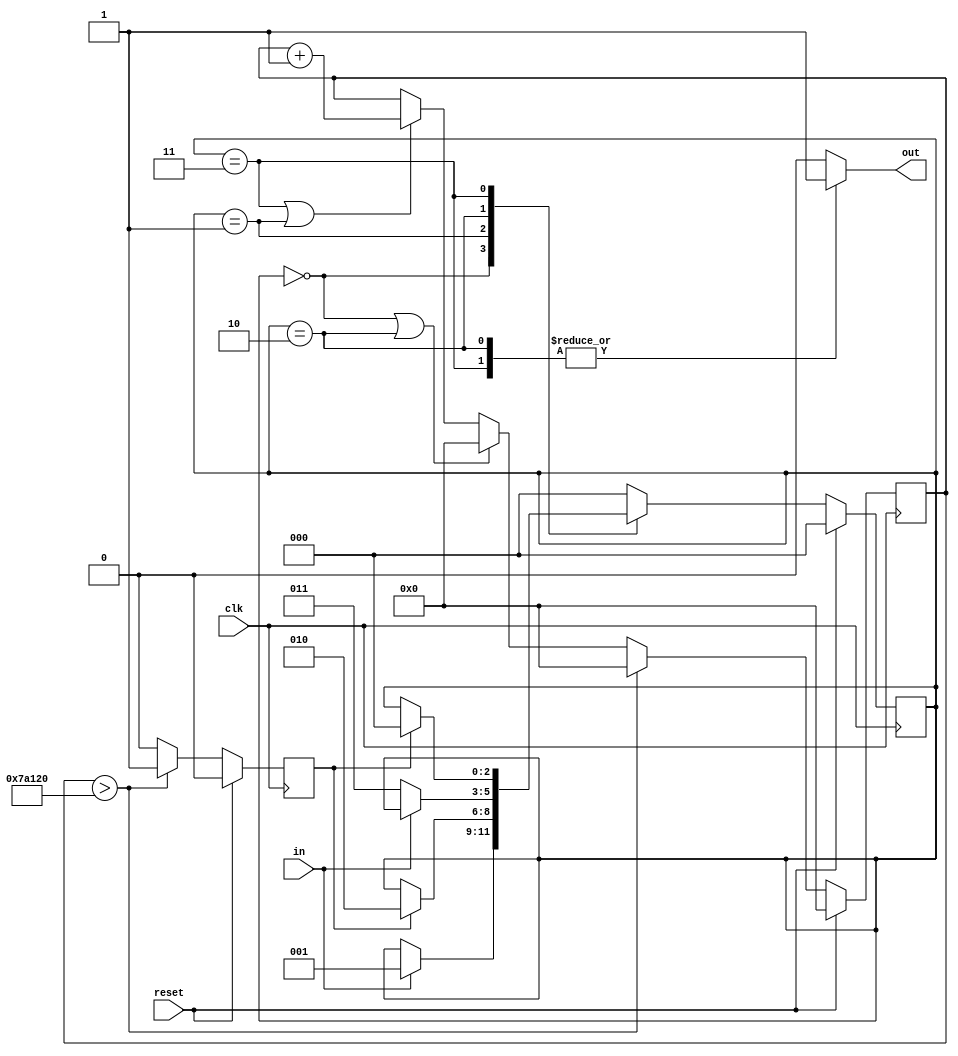
module deBounce #(parameter CLKSPDMHZ = 100, parameter DELAYMS = 5)(
    input clk,
    input in,
    input reset,
    output reg out
    );
   
    wire [20:0] dbCount = CLKSPDMHZ*DELAYMS*1000;
    reg cntDn;
    
    reg[2:0] state;
    
    localparam output0 = 0;
    localparam detect1 = 1;
    localparam output1 = 2;
    localparam detect0 = 3;
    
    always@(posedge clk)
    begin
        if(reset)
        begin
            state <= output0;
        end
        else
        begin
            case(state)
            output0:
                begin
                    if(in == 1)
                    begin
                        state <= detect1;
                    end
                end
            detect1:
                begin
                    if(cntDn == 1)
                    begin
                        state <= output1;
                    end
                end
            output1:
                begin
                    if(in == 0)
                    begin
                        state <= detect0;
                    end
                end
            detect0:
                begin
                    if(cntDn == 1)
                    begin
                        state <= output0;
                    end
                end
            default:
                begin
                    state <= output0;
                end
            endcase
        end
    end
    
    reg[21:0] cnt;
    always@(posedge clk)
    begin
        if(reset)
        begin
            cnt <= 0;
            cntDn <= 0;
        end
        else
        begin
            if(state == output0 || state == output1)
                cnt <= 0;
            else if (state == detect0 || state == detect1)
                cnt <= cnt + 1;
            
            if(cnt > dbCount)
            begin
                cntDn <= 1;
                cnt <= 0;
            end
            else
                cntDn <= 0;
        end      
    end
    
    always@(state)
    begin
        case(state)
            output0:out = 0;
            detect1:out = 0;
            output1:out = 1;
            detect0:out = 1;
            default:out = 0;
        endcase
    end
    
endmodule